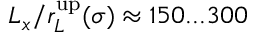
L _ { x } / r _ { L } ^ { \mathrm { u p } } ( \sigma ) \approx 1 5 0 . . . 3 0 0